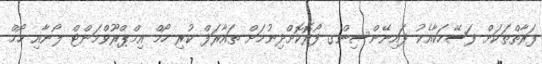
ފަރާތްތަކަށް ފަސޭހަކާއެކު ފައިނޭންސިންގ ފޯރޮކޮށްދިނުމަށް ތައާރަފް ކުރި ހޯމް އިމްޕްރޫވްމަންޓް ލޯނާއި ހޯމް